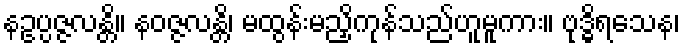
နဥပ္ပဇ္ဇလန္တိ။ နဝဇ္ဇလန္တိ၊ မထွန်းမညှိကုန်သည်ဟူမူကား။ ဗုဒ္ဓိရသေန၊